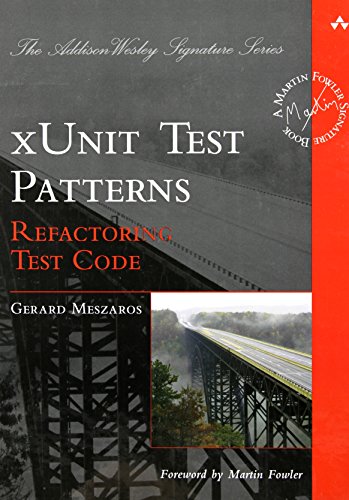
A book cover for xUnit Test Patterns: Refactoring Test Code; Gerard Meszaros; Computers & Technology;